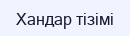
Хандар тізімі